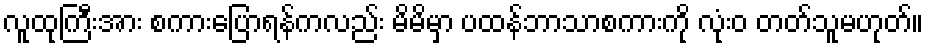
လူထုကြီးအား စကားပြောရန်ကလည်း မိမိမှာ ပထန်ဘာသာစကားကို လုံးဝ တတ်သူမဟုတ်။